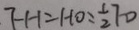
F H = H O = \frac { 1 } { 2 } 7 0